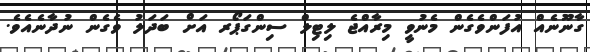
ގާނޫނެއް އުފަންވެގެން މެނުވީ މިރާއްޖެ ލިޓިލް ސިންގަޕޯރ އަށް ބަދަލު ވެގެން ނުދާނެއެވެ.